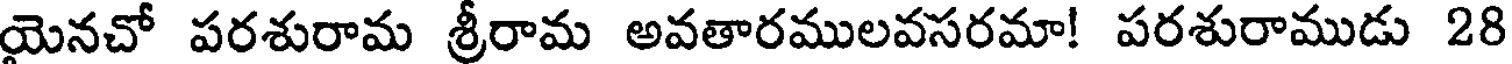
యైనచో పరశురామ శ్రీరామ అవతారములవసరమా! పరశురాముడు 28